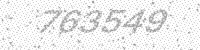
Solution: 763549